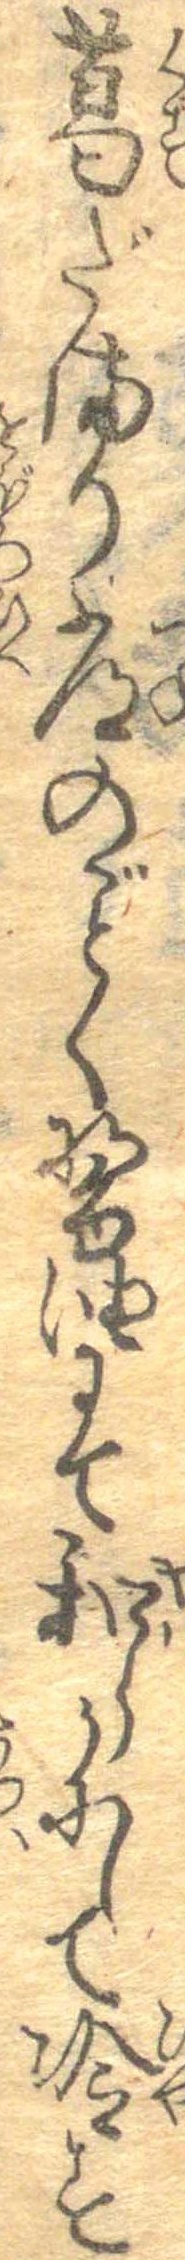
葛だまり常のごとく醤油にて和らかにして冷す